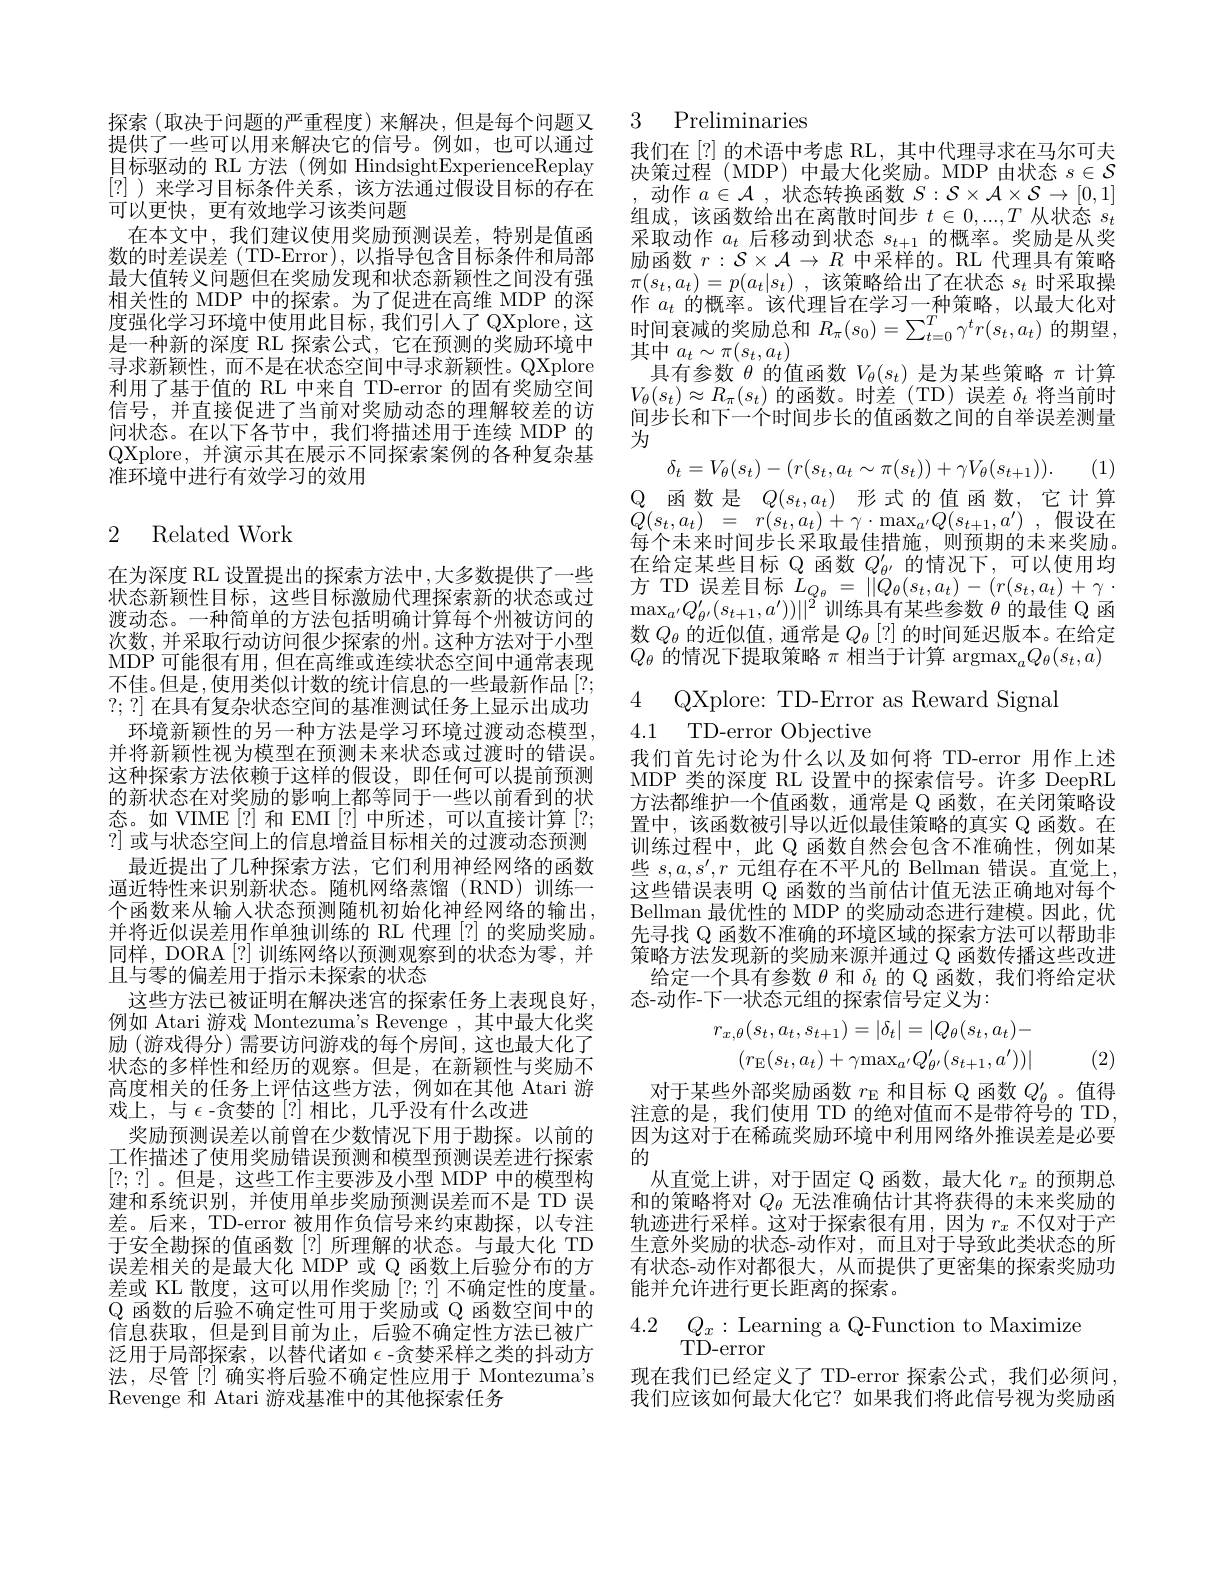
探索(取决于问题的严重程度)来解决，但是每个问题又提供了一些可以用来解决它的信号。例如，也可以通过目标驱动的 RL 方法 (例如 HindsightExperienceReplay [?] )来学习目标条件关系，该方法通过假设目标的存在可以更快，更有效地学习该类问题
在本文中，我们建议使用奖励预测误差，特别是值函数的时差误差(TD-Error),以指导包含目标条件和局部最大值转义问题但在奖励发现和状态新颖性之间没有强相关性的 MDP 中的探索。为了促进在高维 MDP 的深度强化学习环境中使用此目标，我们引人了QXplore，这是一种新的深度 RL 探索公式，它在预测的奖励环境中寻求新颖性，而不是在状态空间中寻求新颖性。QXplore 利用了基于值的 RL 中来自 TD-error 的固有奖励空间信号，并直接促进了当前对奖励动态的理解较差的访间状态。在以下各节中，我们将描述用于连续 MDP 的QXplore, 并演示其在展示不同探索案例的各种复杂基准环境中进行有效学习的效用
$$\text{2 Related Work}$$
在为深度 RL 设置提出的探索方法中，大多数提供了一些状态新颖性目标，这些目标激励代理探索新的状态或过渡动态。一种简单的方法包括明确计算每个州被访问的次数，并采取行动访问很少探索的州。这种方法对于小型MDP 可能很有用 ,但在高维或连续状态空间中通常表现不佳。但是，使用类似计数的统计信息的一些最新作品[?; ?;?]在具有复杂状态空间的基准测试任务上显示出成功
环境新颖性的另一种方法是学习环境过渡动态模型， 并将新颖性视为模型在预测未来状态或过渡时的错误。这种探索方法依赖于这样的假设，即任何可以提前预测的新状态在对奖励的影响上都等同于一些以前看到的状态。如 VIME [?] 和 EMI [?] 中所述，可以直接计算 [?; ?] 或与状态空间上的信息增益目标相关的过渡动态预测
最近提出了几种探索方法，它们利用神经网络的函数逼近特性来识别新状态。随机网络蒸馏(RND)训练一个函数来从输入状态预测随机初始化神经网络的输出， 并将近似误差用作单独训练的 RL 代理 [?] 的奖励奖励。同样，DORA[?]训练网络以预测观察到的状态为零，并且与零的偏差用于指示未探索的状态
这些方法已被证明在解决迷宫的探索任务上表现良好， 例如 Atari 游戏 Montezuma's Revenge ,其中最大化奖励 (游戏得分)需要访问游戏的每个房间，这也最大化了状态的多样性和经历的观察。但是，在新颖性与奖励不高度相关的任务上评估这些方法，例如在其他 Atari 游戏上，与$\epsilon$ -贪婪的 [?]相比，几乎没有什么改进
奖励预测误差以前曾在少数情况下用于勘探。以前的工作描述了使用奖励错误预测和模型预测误差进行探索[?;?]。但是，这些工作主要涉及小型 MDP 中的模型构建和系统识别，并使用单步奖励预测误差而不是 TD 误差。后来，TD-error 被用作负信号来约束勘探，以专注于安全勘探的值函数[?]所理解的状态。与最大化 TD 误差相关的是最大化 MDP 或 Q 函数上后验分布的方差或 KL 散度，这可以用作奖励[?;?]不确定性的度量。$\mathbb{Q}$函数的后验不确定性可用于奖励或 Q 函数空间中的信息获取，但是到目前为止，后验不确定性方法已被广泛用于局部探索，以替代诸如$\epsilon$ -贪婪采样之类的抖动方法，尽管[?] 确实将后验不确定性应用于 Montezuma's Revenge 和 Atari 游戏基准中的其他探索任务

### 3 Preliminaries

我们在[?]的术语中考虑 RL,其中代理寻求在马尔可夫决策过程 (MDP) 中最大化奖励。MDP 由状态$s\in\mathcal{S}$
动作$a\in\mathcal{A}$ ,状态转换函数$S:\mathcal{S}\times\mathcal{A}\times\mathcal{S}\to[0,1]$ 组成，该函数给出在离散时间步$t\in0,...,T$从状态$s_t$ 采取动作$a_t$后移动到状态$s_t+1$的概率。奖励是从奖励函数$r:\mathcal{S}\times\mathcal{A}\to R$中采样的。RL 代理具有策略$\pi ( s_t, a_t) = p( a_t| s_t)$ ,该策略给出了在状态 $s_t$ 时采取操作$a_t$的概率。该代理旨在学习一种策略，以最大化对时间衰减的奖励总和$R_\pi(s_0)=\sum_{t=0}^T\gamma^tr(s_t,a_t)$的期望， 其中$a_t\sim\pi(s_t,a_t)$
具有参数$\theta$的值函数$V_\theta(s_t)$是为某些策略$\pi$计算$V_{\theta}(s_{t})\approx R_{\pi}(s_{t})$的函数。时差 (TD) 误差$\delta_{t}$将当前时间步长和下一个时间步长的值函数之间的自举误差测量为
$$\delta_t=V_\theta(s_t)-(r(s_t,a_t\sim\pi(s_t))+\gamma V_\theta(s_{t+1})).$$
(1)
$\mathbb{Q}$ 函数是$Q(s_t,a_t)$形式的值函数，它计算$Q( s_{t}, a_{t})$ = $r( s_{t}, a_{t}) + \gamma \cdot \max _{a^{\prime }}Q( s_{t+ 1}, a^{\prime })$ ,假设在每个未来时间步长采取最佳措施，则预期的末来奖励。在给定某些目标 Q 函数$Q_{\theta^{\prime}}^{\prime}$的情况下，可以使用均$\begin{array}{c}{\text{方 TD 误差目标 }L_{Q_{\theta}}=||Q_{\theta}(s_{t},a_{t})-(r(s_{t},a_{t})+\gamma\cdot}\\{\text{ O}^{\prime}(s_{t})^{\prime}(s_{t})^{\prime}(s_{t},a_{t})^{\prime}(s_{t},a_{t})^{\prime}(s_{t},a_{t})^{\prime}(s_{t},a_{t})^{\prime}(s_{t},a_{t})^{\prime}(s_{t},a_{t})^{\prime}(t)^{\prime}(s_{t},a_{t})^{\prime}(s_{t},a_{t})^{\prime}(s_{t},a_{t}}\end{array}$ $\max_{a^{\prime}}Q_{\theta^{\prime}}^{\prime}(s_{t+1},a^{\prime}))||^{2}$训练具有某些参数 $\theta$ 的最佳 Q 函数$Q_\theta$的近似值，通常是$Q_\theta[?]$的时间延迟版本。在给定$Q_{\theta}$的情况下提取策略$\pi\text{ 相当于计算 argmax}_aQ_{\theta}(s_{t},a)$

4 QXplore: TD-Error as Reward Signai
4.1 TD-error Objective

我们首先讨论为什么以及如何将 TD-error 用作上述MDP 类的深度 RL 设置中的探索信号。许多 DeepRL 方法都维护一个值函数，通常是 Q 函数，在关闭策略设置中，该函数被引导以近似最佳策略的真实 Q 函数。在训练过程中，此 Q 函数自然会包含不准确性，例如某些 $s,a,s^{\prime},r$ 元组存在不平凡的 Bellman 错误。直觉上， 这些错误表明 Q 函数的当前估计值无法正确地对每个$\bar{\text{Bellman 最优性的 MDP 的奖励动态进行建模。因此，优}}$ 先寻找 Q 函数不准确的环境区域的探索方法可以帮助非策略方法发现新的奖励来源并通过 Q 函数传播这些改进
给定一个具有参数$\theta$和$\delta_t$的 Q 函数，我们将给定状
态-动作-下一状态元组的探索信号定义为：
$$r_{x,\theta}(s_{t},a_{t},s_{t+1})=|\delta_{t}|=|Q_{\theta}(s_{t},a_{t})-\\(r_{\mathrm{E}}(s_{t},a_{t})+\gamma\mathrm{max}_{a^{\prime}}Q_{\theta^{\prime}}^{\prime}(s_{t+1},a^{\prime}))|$$
1 (2)

对于某些外部奖励函数$r_\mathrm{E}$和目标 Q 函数$Q_\theta^{\prime}$ 。值得注意的是，我们使用 TD 的绝对值而不是带符号的 TD 因为这对于在稀疏奖励环境中利用网络外推误差是必要的
从直觉上讲，对于固定 Q 函数，最大化$r_x$的预期总和的策略将对$Q_{\theta}$无法准确估计其将获得的未来奖励的轨迹进行采样。这对于探索很有用，因为$r_x$不仅对于产生意外奖励的状态-动作对，而且对于导致此类状态的所有状态-动作对都很大，从而提供了更密集的探索奖励功能并允许进行更长距离的探索。

$\begin{array}{ll}{4.2}&{Q_{x}:\mathrm{Learning~a~Q-Function~to~Maximize}}\\{&{\mathrm{TD-error}}}\end{array}$

现在我们已经定义了 TD-error 探索公式，我们必须问我们应该如何最大化它？如果我们将此信号视为奖励函